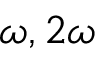
\omega , 2 \omega